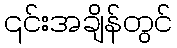
၎င်းအချိန်တွင်